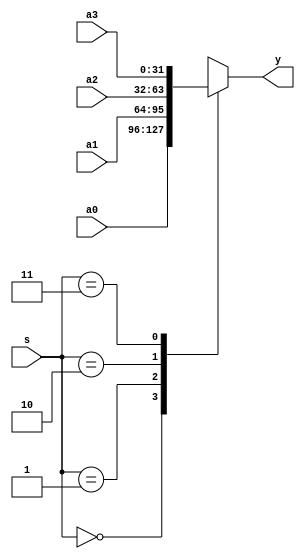
// copied from single cycle computer
module mux4x32 (a0,a1,a2,a3,s,y);

   input [31:0]  a0,a1,a2,a3;
   input [ 1:0]  s;
   
   output [31:0] y;
   reg [31:0] y;
   always @ *
   case (s)
   
      2'b00: y = a0;
      2'b01: y = a1;
      2'b10: y = a2;
      2'b11: y = a3;
   
   endcase
endmodule